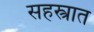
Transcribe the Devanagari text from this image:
सहस्त्रात